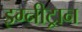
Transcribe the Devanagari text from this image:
इग्नीट्रान